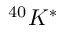
^ { 4 0 } K ^ { \ast }